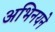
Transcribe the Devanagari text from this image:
अभिनयने